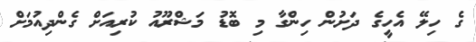
ގެ ހިލޭ އެހީގެ ދަށުން ހިންގާ މި ބޮޑު މަޝްރޫއު ކުރިއަށް ގެންދިއުމަށް